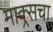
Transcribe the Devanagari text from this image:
माक्र्सचा